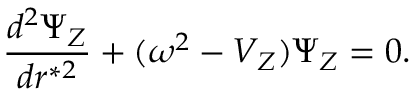
{ \frac { d ^ { 2 } \Psi _ { Z } } { d r ^ { * 2 } } } + ( \omega ^ { 2 } - V _ { Z } ) \Psi _ { Z } = 0 .